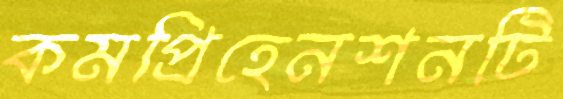
কমপ্রিহেনশনটি